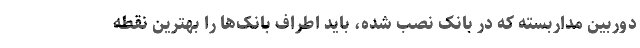
دوربین مداربسته که در بانک نصب شده، باید اطراف بانک‌ها را بهترین نقطه